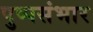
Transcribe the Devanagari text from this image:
पुष्पसंभार